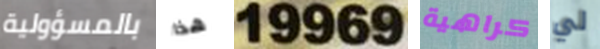
بالمسؤولية هذا 19969 كراهية لي